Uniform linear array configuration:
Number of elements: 16
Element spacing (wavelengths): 0.25
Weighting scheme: cosine
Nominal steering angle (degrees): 60
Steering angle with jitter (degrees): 60.799
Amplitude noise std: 0.05
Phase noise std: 0.05

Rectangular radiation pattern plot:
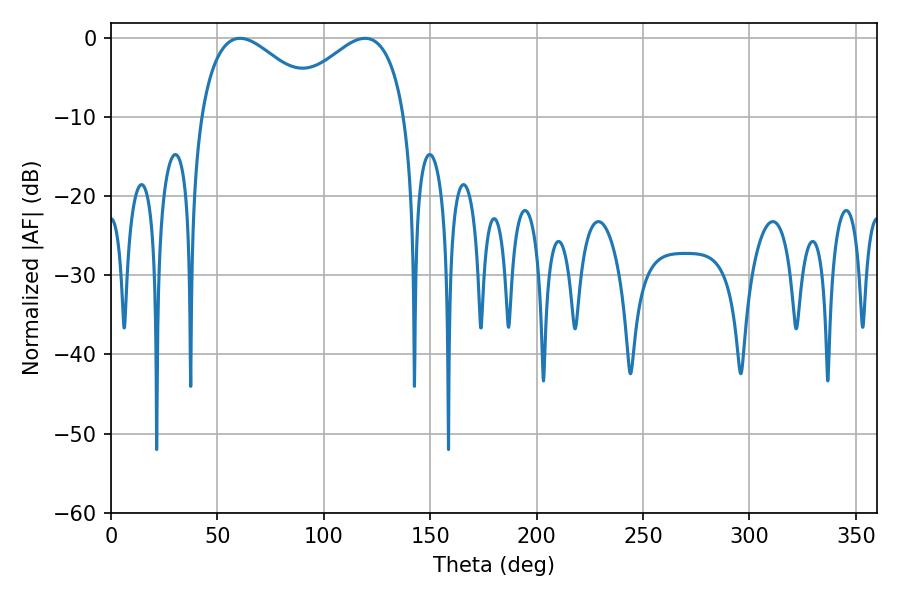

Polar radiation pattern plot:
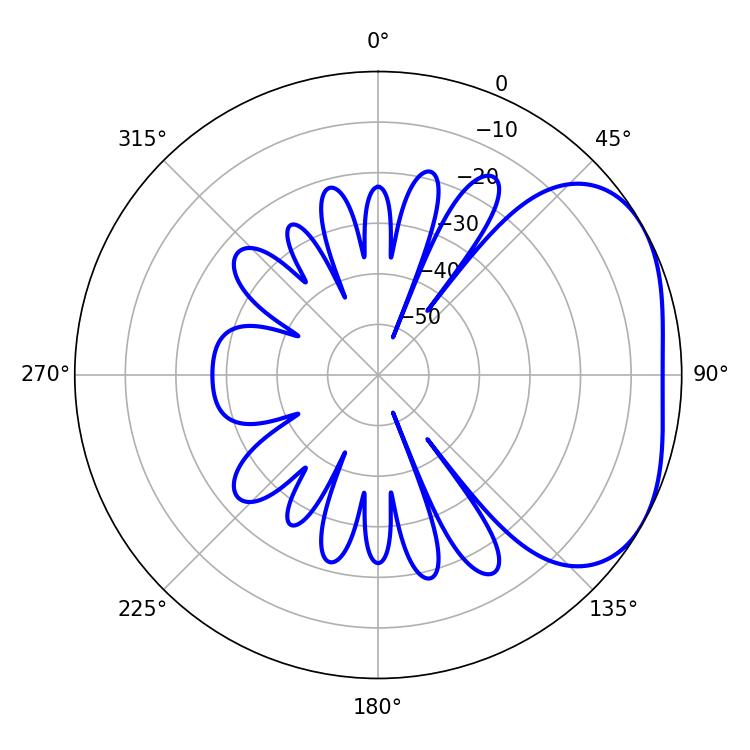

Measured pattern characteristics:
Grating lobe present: FALSE
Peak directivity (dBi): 3.138
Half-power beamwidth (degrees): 31.5
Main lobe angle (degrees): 60.66